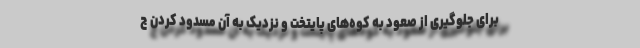
برای جلوگیری از صعود به کوه‌های پایتخت و نزدیک به آن مسدود کردن ج